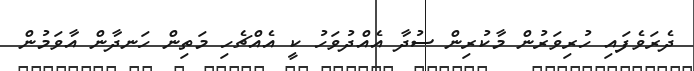
ދެރަވެފައި ހުރިވަރުން މާކުރިން ސުދާ އެއްދުވަހު ކީ އެއްޗެހި މަތިން ހަނދާން އާވަމުން